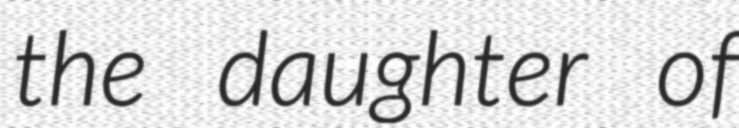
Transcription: the daughter of